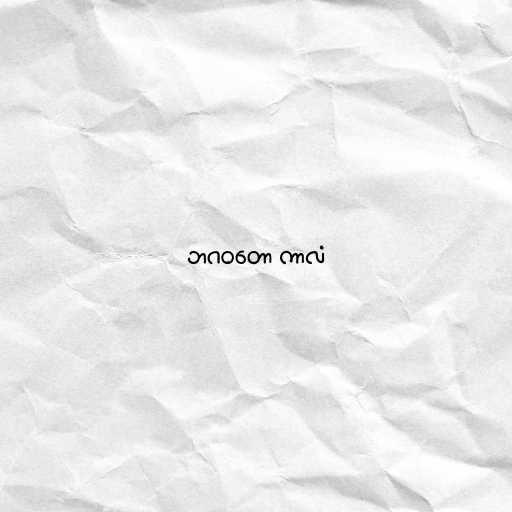
ဘဂဝတော ကာလံ